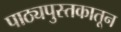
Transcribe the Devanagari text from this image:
पाठ्यपुस्तकातून